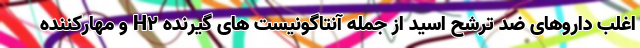
اغلب داروهای ضد ترشح اسید از جمله آنتاگونیست های گیرنده H2 و مهارکننده